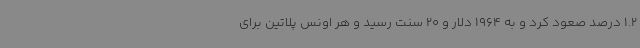
1.2 درصد صعود کرد و به 1964 دلار و 20 سنت رسید و هر اونس پلاتین برای